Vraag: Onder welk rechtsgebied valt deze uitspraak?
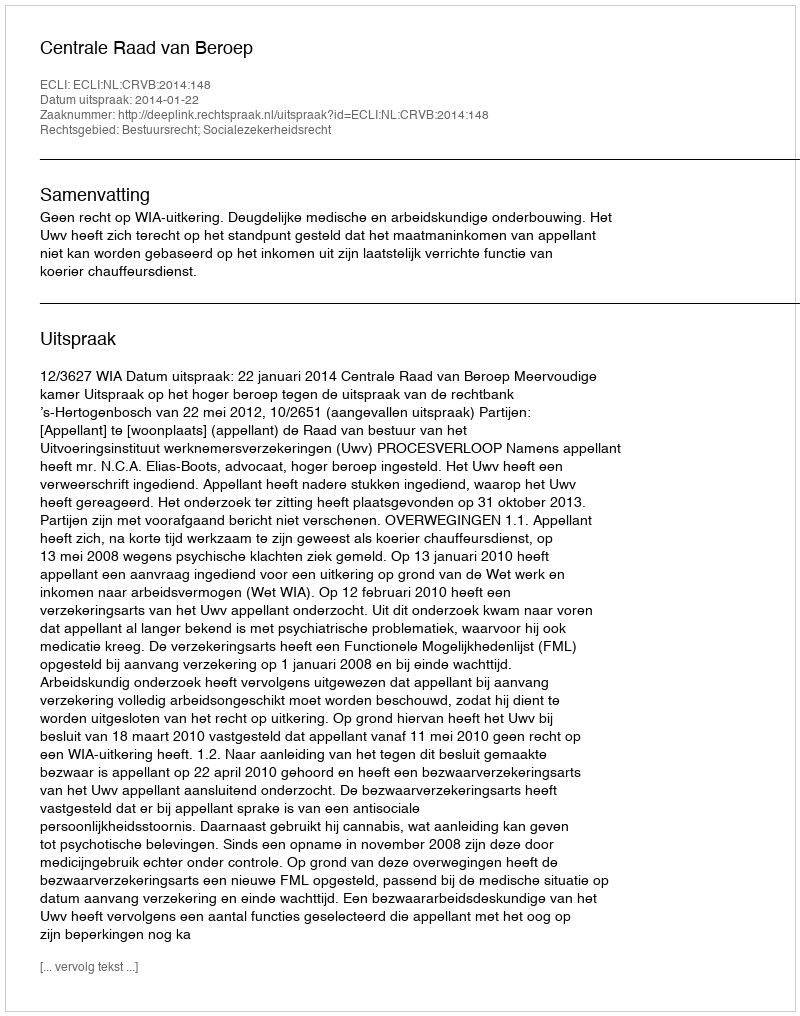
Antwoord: Bestuursrecht; Socialezekerheidsrecht